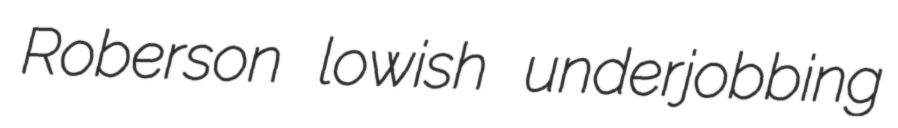
Roberson lowish underjobbing